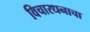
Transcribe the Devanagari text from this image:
विचारधनाचा